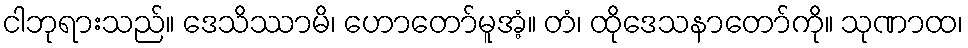
ငါဘုရားသည်။ ဒေသိဿာမိ၊ ဟောတော်မူအံ့။ တံ၊ ထိုဒေသနာတော်ကို။ သုဏာထ၊